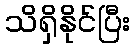
သိရှိနိုင်ပြီး